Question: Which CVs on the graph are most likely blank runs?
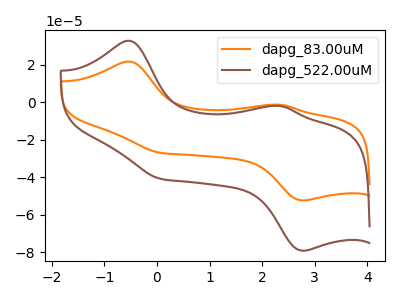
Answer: <think>The orange curve "dapg_83.00uM" has anodic peaks at (-0.55V, 21.60uA) (2.35V, -1.35uA) and cathodic peaks at (0.05V, -27.00uA) (2.80V, -52.35uA). The brown curve "dapg_522.00uM" has anodic peaks at (-0.55V, 32.70uA) (2.35V, -2.05uA) and cathodic peaks at (0.05V, -40.85uA) (2.80V, -79.10uA).</think>
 <answer>There are not any CV's on this graph that are likely to be blanks.</answer>
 <eval>none</eval>